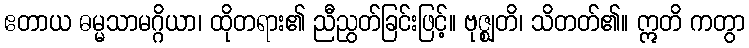
ဧတာယ ဓမ္မသာမဂ္ဂိယာ၊ ထိုတရား၏ ညီညွတ်ခြင်းဖြင့်။ ဗုဇ္ဈတိ၊ သိတတ်၏။ ဣတိ ကတွာ